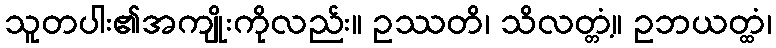
သူတပါး၏အကျိုးကိုလည်း။ ဥဿတိ၊ သိလတ္တံ့။ ဥဘယတ္ထံ၊